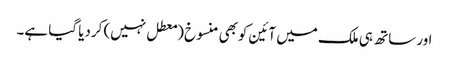
اور ساتھ ہی ملک میں آئین کوبھی منسوخ (معطل نہیں) کردیا گیا ہے۔